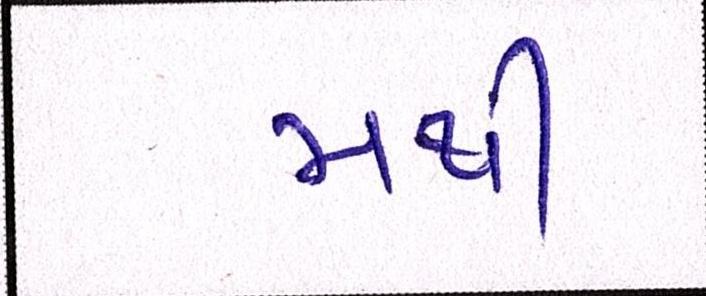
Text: મથી